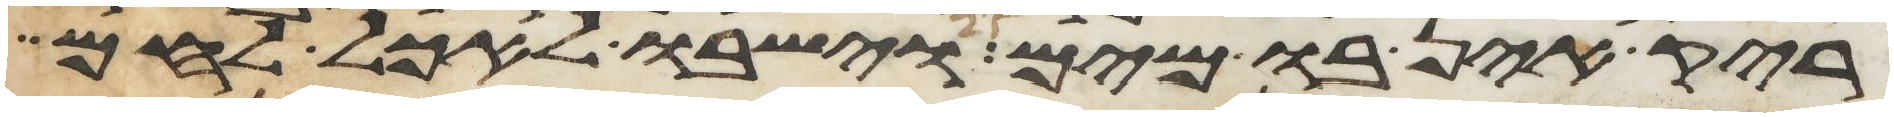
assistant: ריק אין בו מים וישבו לאכל לחם